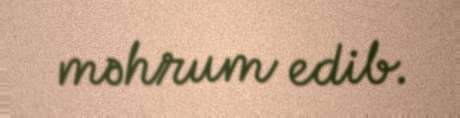
məhrum edib.